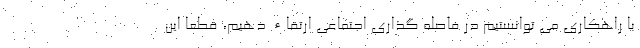
با راهکاری می توانستیم در فاصله گذاری اجتماعی ارتقاء دهیم، قطعا این